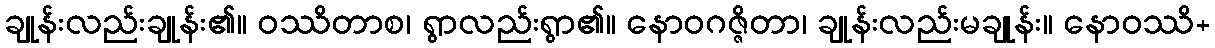
ချုန်းလည်းချုန်း၏။ ဝဿိတာစ၊ ရွာလည်းရွာ၏။ နောဝဂဇ္ဇိတာ၊ ချုန်းလည်းမချုန်း။ နောဝဿိ+